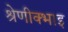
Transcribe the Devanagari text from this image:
श्रेणीक्भाइ